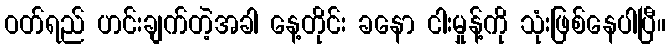
ဝတ်ရည် ဟင်းချက်တဲ့အခါ နေ့တိုင်း ခနော ငါးမှုန့်ကို သုံးဖြစ်နေပါပြီ။